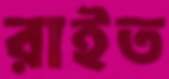
রাইত